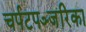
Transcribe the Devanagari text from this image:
चर्पटपञ्जरिका